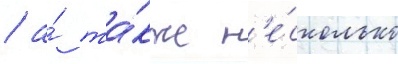
/ а́ та́кже н'е́сколько